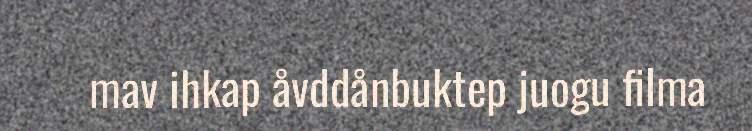
mav ihkap åvddånbuktep juogu filma